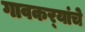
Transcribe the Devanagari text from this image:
गावकर्‍यांचे